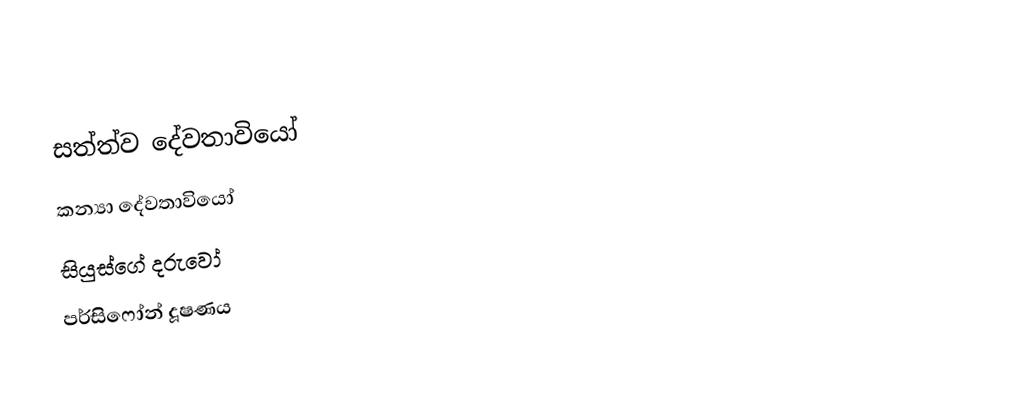
සත්ත්ව දේවතාවියෝ
කන්‍යා දේවතාවියෝ
සියුස්ගේ දරුවෝ
පර්සිෆෝන් දූෂණය